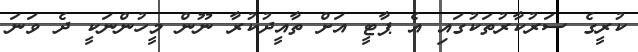
ކުރީގެ ސަރުކާރުތަކުގައި އެ ޕާޓީ އަށް ތާއީދުކުރާ ނޫން މީހުންނަކީ ދެ ވަނަ